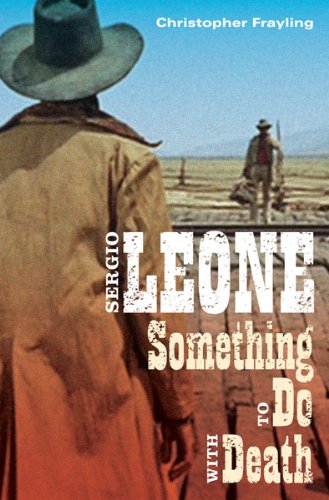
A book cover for Sergio Leone: Something to Do with Death; Christopher Frayling; Humor & Entertainment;